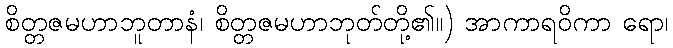
စိတ္တဇမဟာဘူတာနံ၊ စိတ္တဇမဟာဘုတ်တို့၏။) အာကာရဝိကာ ရော၊